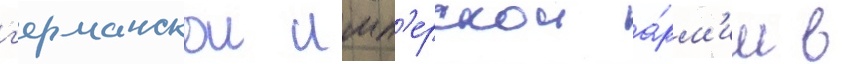
г'ерманскои имп'ерскои а́рм'ии в